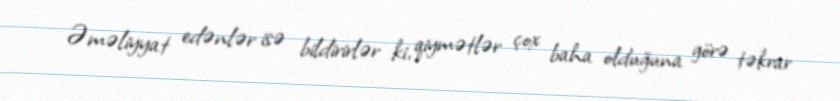
Əməliyyat edənlər isə bildirirlər ki, qiymətlər çox baha olduğuna görə təkrar